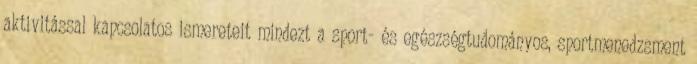
aktivitással kapcsolatos ismereteit mindezt a sport- és egészségtudományos, sportmenedzsment